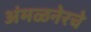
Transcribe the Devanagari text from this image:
अंमळनेरचे